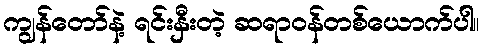
ကျွန်တော်နဲ့ ရင်းနှီးတဲ့ ဆရာဝန်တစ်ယောက်ပါ။